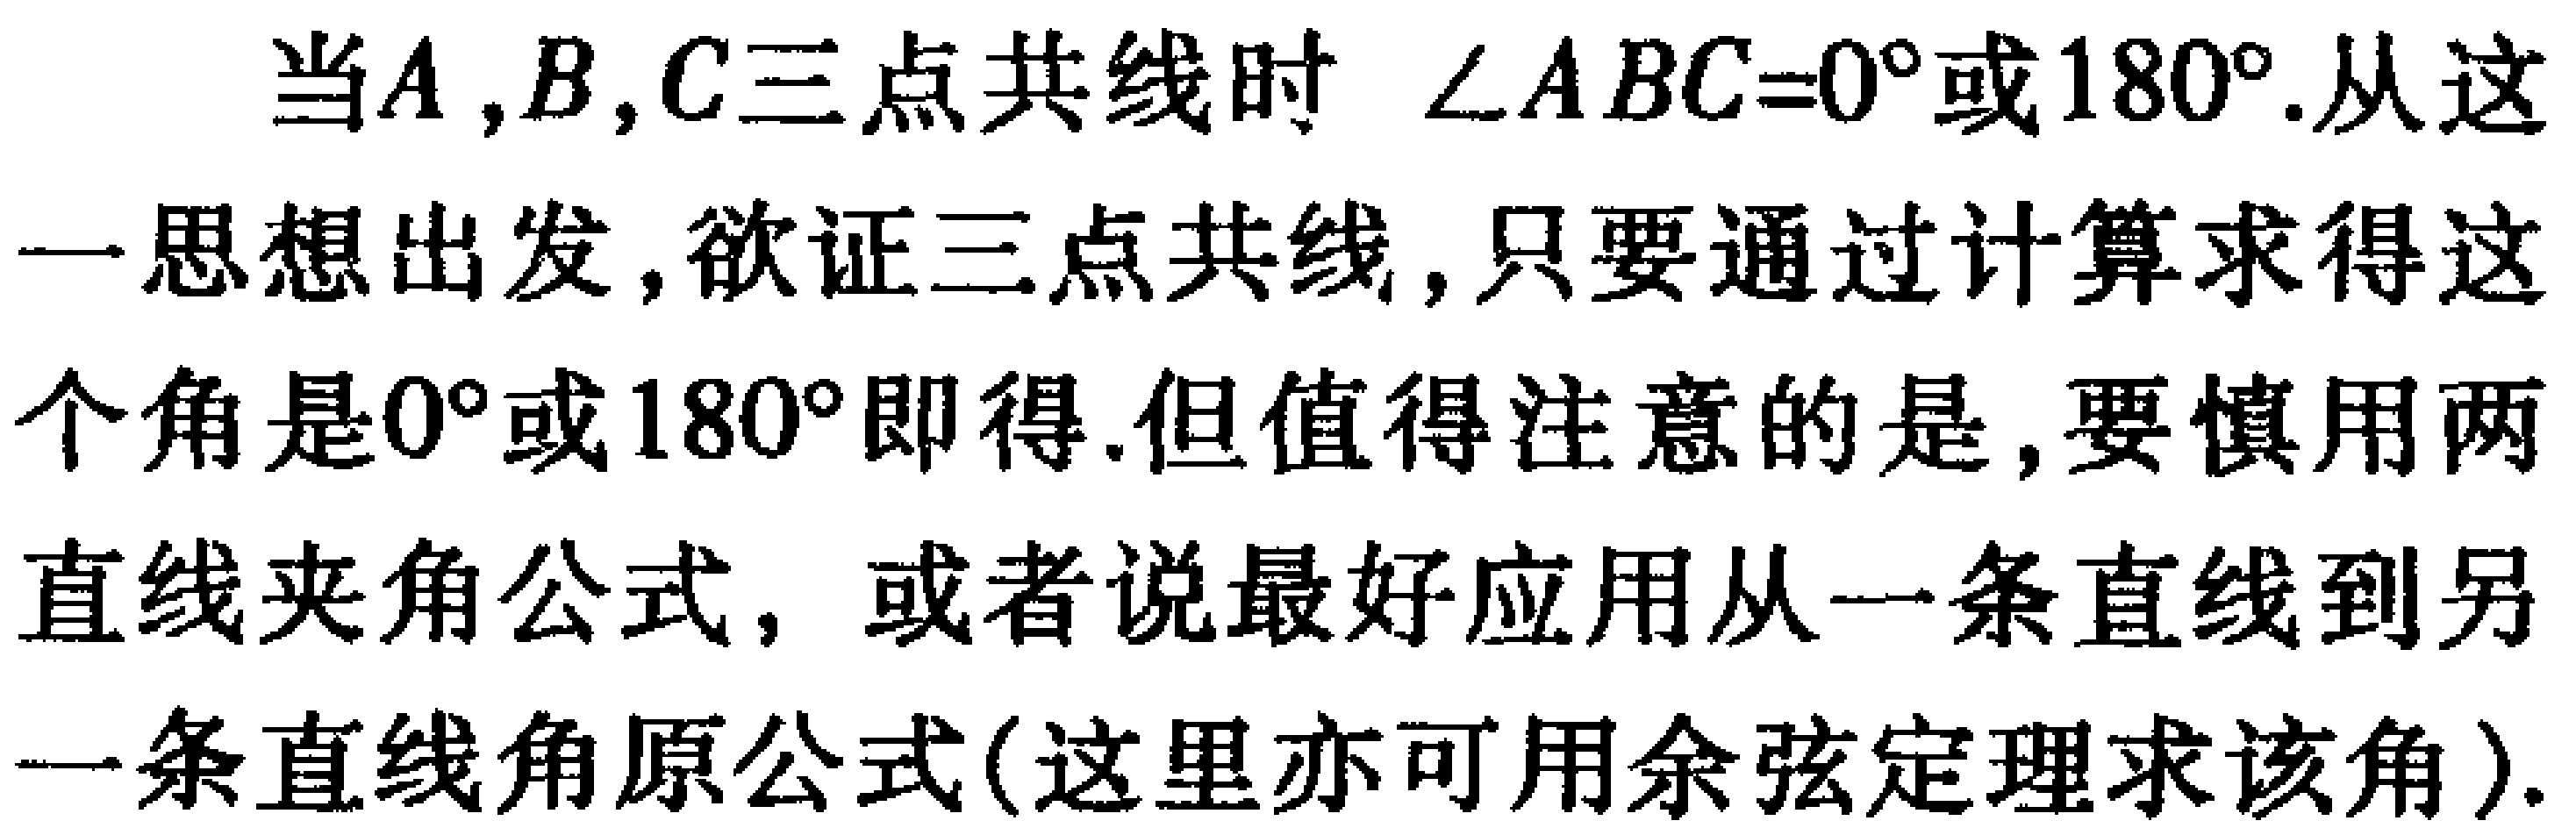
当\(A,B,C\)三点共线时 \(\angle ABC = 0^{\circ}\)或\(180^{\circ}\).从这一思想出发，欲证三点共线，只要通过计算求得这个角是\(0^{\circ}\)或\(180^{\circ}\)即得.但值得注意的是，要慎用两直线夹角公式，或者说最好应用从一条直线到另一条直线角原公式(这里亦可用余弦定理求该角).